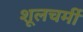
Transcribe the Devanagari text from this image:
शूलचर्मी